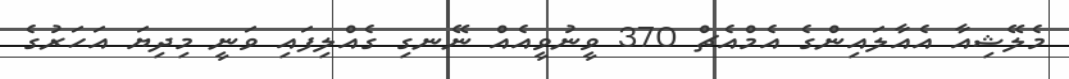
މެލޭޝިއާ އެއާލައިންގެ އެމްއެޗް 370 ވީނުވީއެއް ނޭނގި ގެއްލިފައި ވަނީ މިދިޔަ އަހަރުގެ